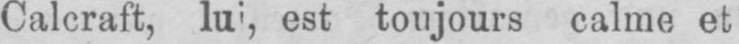
est toujours calme et